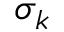
\sigma _ { k }